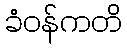
ခံဝန်ကတိ